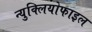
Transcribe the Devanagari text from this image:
न्युक्लियोफाइल